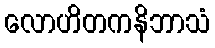
လောဟိတကနိဘာသံ